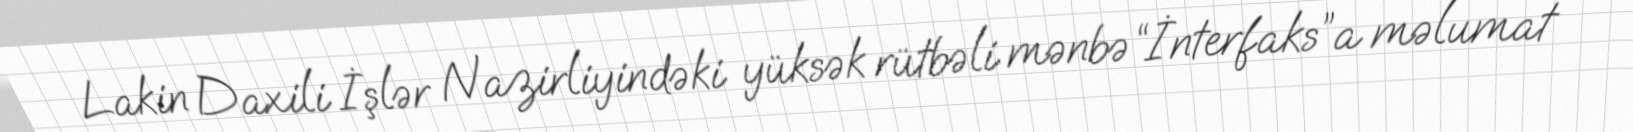
Lakin Daxili İşlər Nazirliyindəki yüksək rütbəli mənbə “İnterfaks”a məlumat